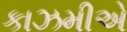
કાઝમીએ